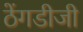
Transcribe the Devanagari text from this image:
ठेंगडीजी